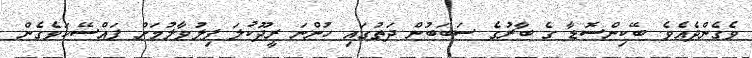
ވެގެންދެއެވެ. ބޭކިންސޮޑާ ގެ ބާރުގެ ސަބަބުން ދަތުގައި ހުންނަ ރީދޫކުލަ ފިލުވާލުމަށް ފައްސޭހަވެގެން